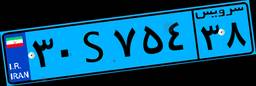
۶۶S۸۷۸۳۸